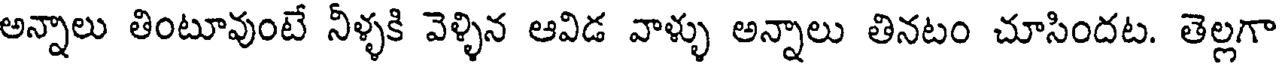
అన్నాలు తింటూవుంటే నీళ్ళకి వెళ్ళిన ఆవిడ వాళ్ళు అన్నాలు తినటం చూసిందట. తెల్లగా